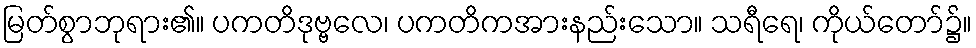
မြတ်စွာဘုရား၏။ ပကတိဒုဗ္ဗလေ၊ ပကတိကအားနည်းသော။ သရီရေ၊ ကိုယ်တော်၌။